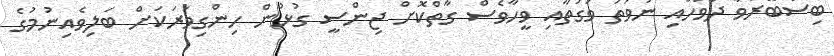
ބިސްބޭރުވާ ދުވަހާއި ނުވަތަ ވަގުތާއި ވީހާވެސް ގާތްކޮށް ޖިންސީ ގުޅުން ހިންގިވަރަކަށް ބަލިވެއިނުމުގެ